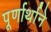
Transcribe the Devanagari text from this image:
पूर्णार्थाने